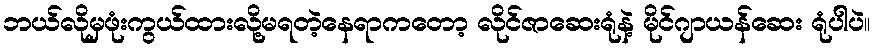
ဘယ်လိုမှဖုံးကွယ်ထားလို့မရတဲ့နေရာကတော့ လိုင်ဇာဆေးရုံနဲ့ မိုင်ဂျာယန်ဆေး ရုံပါပဲ။